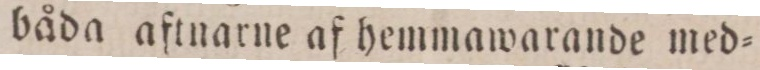
båda aftnarne af hemmawarande med=